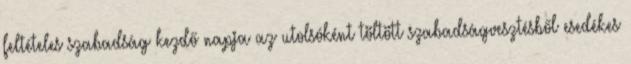
feltételes szabadság kezdő napja az utolsóként töltött szabadságvesztésből esedékes